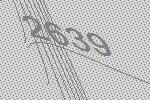
2639